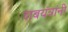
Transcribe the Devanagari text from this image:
दाबयंत्रांनी